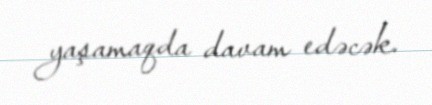
yaşamaqda davam edəcək.